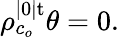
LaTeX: \rho_{c_{o}}^{|0|\mathrm{t}}\theta=0.